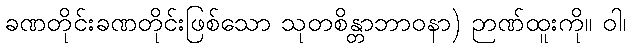
ခဏတိုင်းခဏတိုင်းဖြစ်သော သုတစိန္တာဘာဝနာ) ဉာဏ်ထူးကို။ ဝါ၊